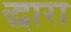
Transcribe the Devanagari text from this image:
द्धारा